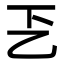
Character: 乤